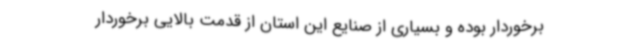
برخوردار بوده و بسیاری از صنایع این استان از قدمت بالایی برخوردار